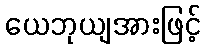
ယေဘုယျအားဖြင့်